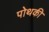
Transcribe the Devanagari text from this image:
पोथकी